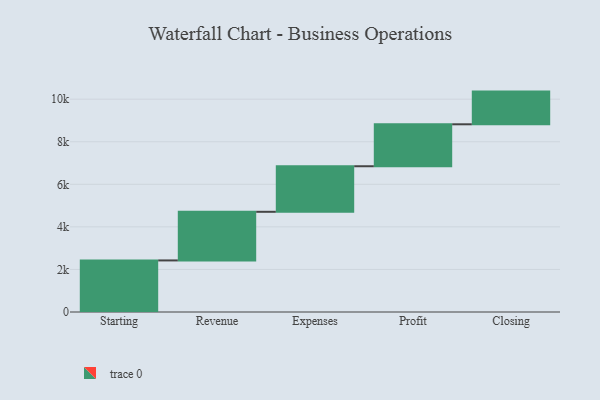
{"axis": {"x": "Step", "y": "Value"}, "legend": [""], "data": [{"x": "Starting", "y": 2423.0, "type": ""}, {"x": "Revenue", "y": 2285.0, "type": ""}, {"x": "Expenses", "y": 2141.0, "type": ""}, {"x": "Profit", "y": 1971.0, "type": ""}, {"x": "Closing", "y": 1536.0, "type": ""}]}